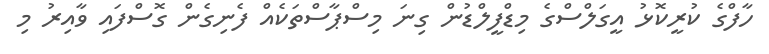
ހާފްގެ ކުރީކޮޅު އީގަލްސްގެ މިޑްފީލްޑުން ގިނަ މިސްޕާސްތަކެއް ފެނިގެން ގޮސްފައި ވާއިރު މި